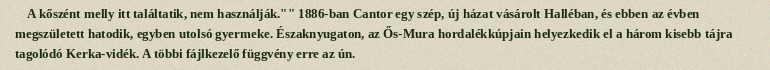
A kőszént melly itt találtatik, nem használják."" 1886-ban Cantor egy szép, új házat vásárolt Halléban, és ebben az évben megszületett hatodik, egyben utolsó gyermeke. Északnyugaton, az Ős-Mura hordalékkúpjain helyezkedik el a három kisebb tájra tagolódó Kerka-vidék. A többi fájlkezelő függvény erre az ún.